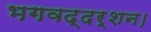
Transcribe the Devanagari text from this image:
भगवद्दर्शन।